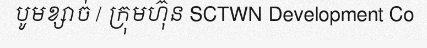
បូមខ្សាច់ / ក្រុមហ៊ុន SCTWN Development Co